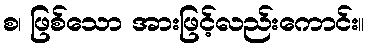
စ၊ ဖြစ်သော အားဖြင့်လည်းကောင်း။